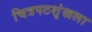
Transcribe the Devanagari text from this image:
चित्रपटशृंखला